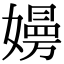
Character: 𡢚